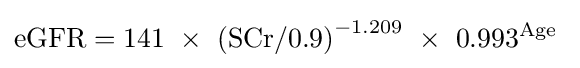
\mathrm {eGFR} =141\ \times \ \mathrm {(SCr/0.9)} ^{-1.209}\ \times \ 0.993^{\text{Age}}\